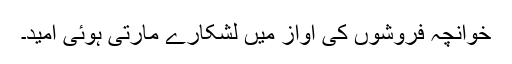
خوانچہ فروشوں کی آواز میں لشکارے مارتی ہوئی امید۔